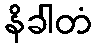
နိခါတံ